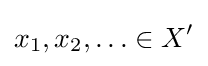
x_{1},x_{2},\ldots \in X^{\prime }